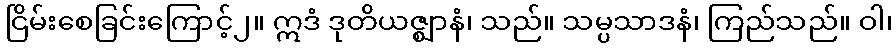
ငြိမ်းစေခြင်းကြောင့်၂။ ဣဒံ ဒုတိယဇ္ဈာနံ၊ သည်။ သမ္ပသာဒနံ၊ ကြည်သည်။ ဝါ၊